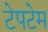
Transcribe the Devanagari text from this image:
टेपटेम